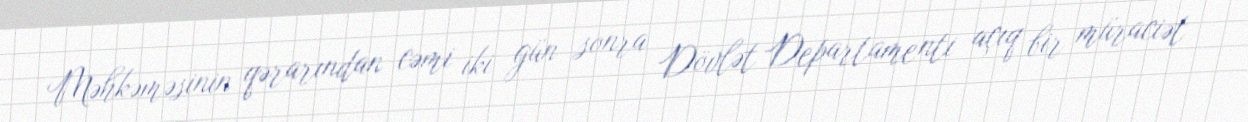
Məhkəməsinin qərarından cəmi iki gün sonra Dövlət Departamenti açıq bir müraciət